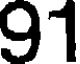
91